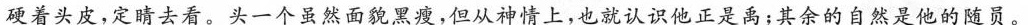
硬着头皮,定睛去看。头一个虽然面貌黑瘦,但从神睛上,也就认识他正是离;其余的自然是他的随员。